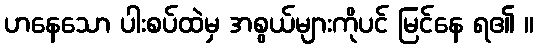
ဟနေသော ပါးစပ်ထဲမှ အစွယ်များကိုပင် မြင်နေ ရ၏ ။